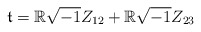
\begin{align*}\frak{t}=\mathbb{R}\sqrt{-1}Z_{12} +\mathbb{R} \sqrt{-1}Z_{23}\end{align*}